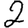
Digit: 2